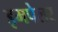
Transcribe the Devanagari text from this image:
इमपेलर